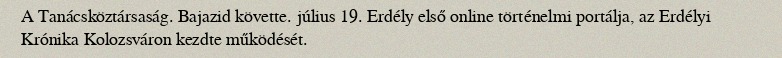
A Tanácsköztársaság. Bajazid követte. július 19. Erdély első online történelmi portálja, az Erdélyi Krónika Kolozsváron kezdte működését.